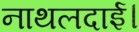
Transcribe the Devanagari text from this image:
नाथलदाई।